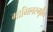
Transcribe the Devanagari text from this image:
गोभिलस्मृति